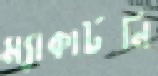
ম্যাকার্টনি